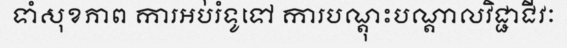
ទាំសុខភាព ការអប់រំទូទៅ ការបណ្តុះបណ្តាលវិជ្ជាជីវៈ